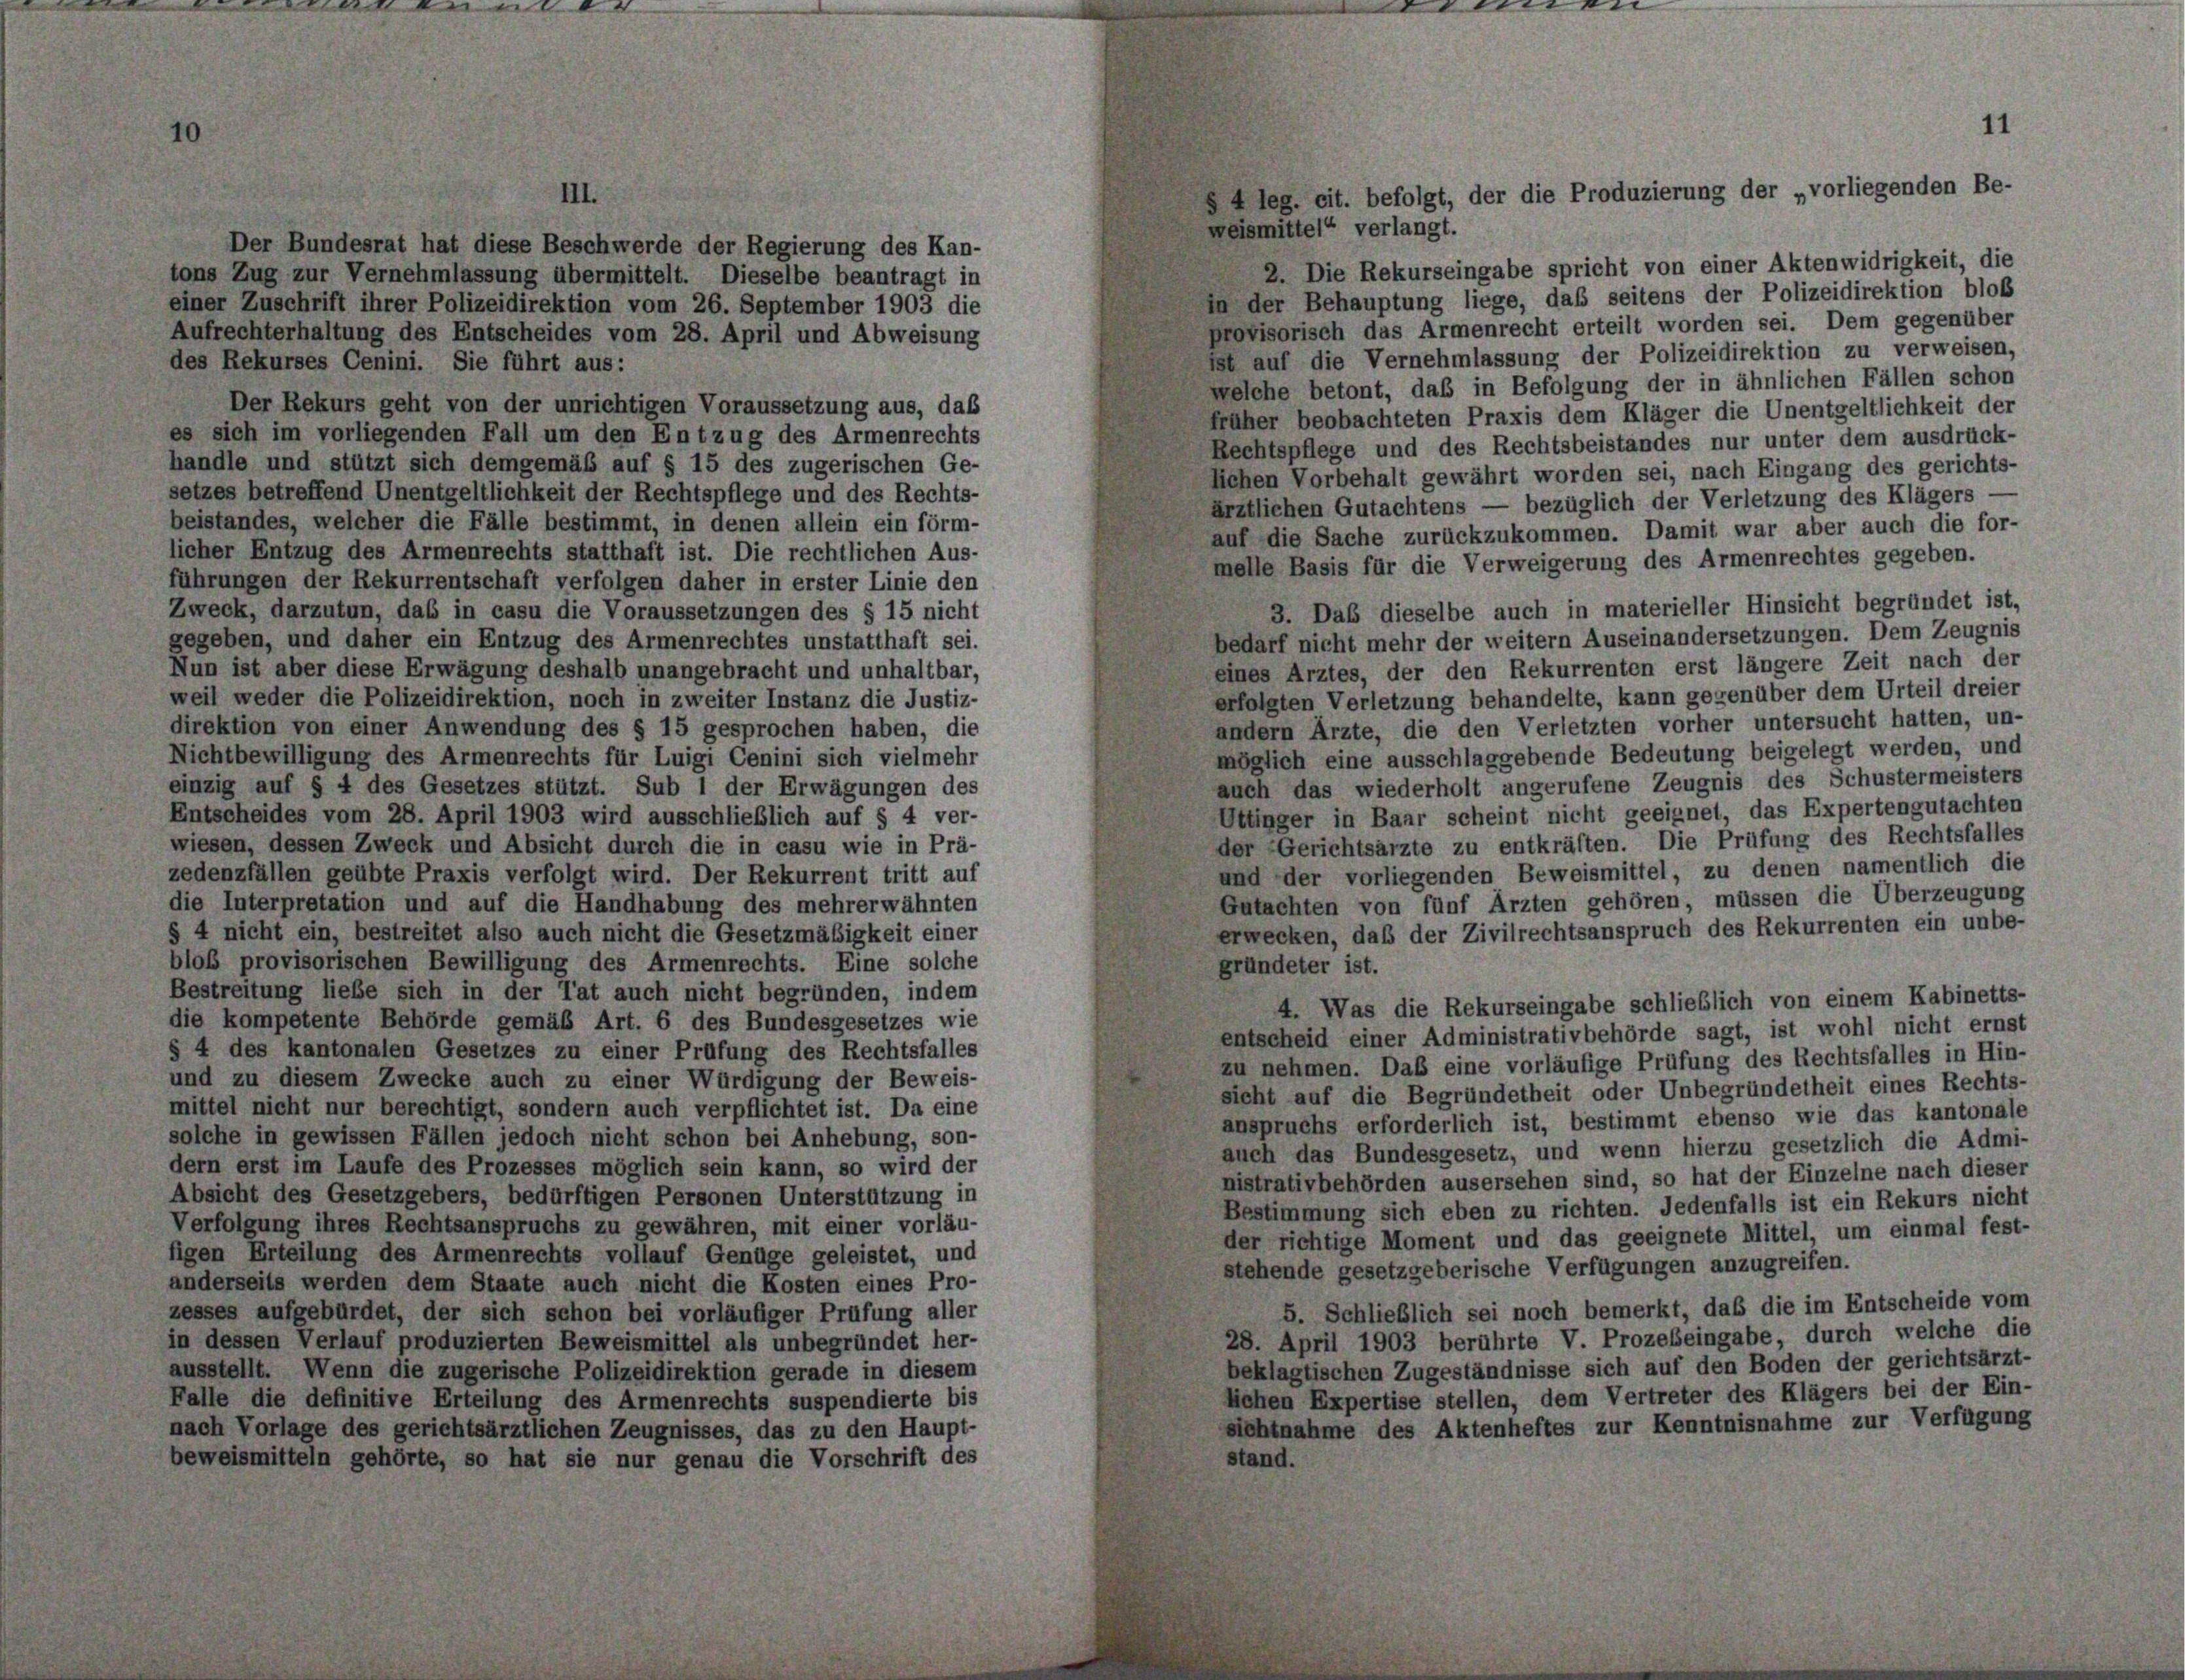
Der Bundesrat hat diese Beschwerde der Regierung des Kan-
tons Zug zur Vernehmlassung übermittelt. Dieselbe beantragt in
einer Zuschrift ihrer Polizeidirektion vom 26. September 1903 die
Aufrechterhaltung des Entscheides vom 28. April und Abweisung
des Rekurses Cenini. Sie führt aus:
Der Rekurs geht von der unrichtigen Voraussetzung aus, das
es sich im vorliegenden Fall um den Entzug des Armenrechts
handle und stützt sich demgemäß auf § 15 des zugerischen Ge-
setzes betreffend Unentgeltlichkeit der Rechtspflege und des Rechts-
beistandes, welcher die Fälle bestimmt, in denen allein ein förm-
licher Entzug des Armenrechts statthaft ist. Die rechtlichen Aus-
führungen der Rekurrentschaft verfolgen daher in erster Linie den
Zweck, darzutun, daß in casu die Voraussetzungen des § 15 nicht
gegeben, und daher ein Entzug des Armenrechtes unstatthaft sei.
Nun ist aber diese Erwägung deshalb unangebracht und unhaltbar,
weil weder die Polizeidirektion, noch in zweiter Instanz die Justiz-
direktion von einer Anwendung des § 15 gesprochen haben, die
Nichtbewilligung des Armenrechts für Luigi Cenini sich vielmehr
einzig auf § 4 des Gesetzes stützt. Sub 1 der Erwägungen des
Entscheides vom 28. April 1903 wird ausschließlich auf § 4 ver-
wiesen, dessen Zweck und Absicht durch die in casu wie in Prä-
zedenzfällen geübte Praxis verfolgt wird. Der Rekurrent tritt auf
die Interpretation und auf die Handhabung des mehrerwähnten
§ 4 nicht ein, bestreitet also auch nicht die Gesetzmäßigkeit einer
bloß provisorischen Bewilligung des Armenrechts. Eine solche
gründeter ist.
Bestreitung liebe sich in der Tat auch nicht begründen, indem
die kompetente Behörde gemäß Art. 6 des Bundesgesetzes wie
§ 4 des kantonalen Gesetzes zu einer Prüfung des Rechtsfalles
und zu diesem Zwecke auch zu einer Würdigung der Beweis-
mittel nicht nur berechtigt, sondern auch verpflichtet ist. Da eine
solche in gewissen Fällen jedoch nicht schon bei Anhebung, son-
dern erst im Laufe des Prozesses möglich sein kann, so wird der
Absicht des Gesetzgebers, bedürftigen Personen Unterstützung in
Verfolgung ihres Rechtsanspruchs zu gewähren, mit einer vorläu-
figen Erteilung des Armenrechts vollauf Genüge geleistet, und
stehende gesetzgeberische Verfügungen anzugreifen.
anderseits werden dem Staate auch nicht die Kosten eines Pro-
5. Schließlich sei noch bemerkt, daß die im Entscheide vom
zesses aufgebürdet, der sich schon bei vorläufiger Prüfung aller
28. April 1903 berührte V. Prozebeingabe, durch welche die
in dessen Verlauf produzierten Beweismittel als unbegründet her-
beklagtischen Zugeständnisse sich auf den Boden der gerichtsärzt-
ausstellt. Wenn die zugerische Polizeidirektion gerade in diesem
lichen Expertise stellen, dem Vertreter des Klägers bei der Ein
Falle die definitive Erteilung des Armenrechts suspendierte bis
sichtnahme des Aktenheftes zur Kenntnisnahme zur Verfügung
nach Vorlage des gerichtsärztlichen Zeugnisses, das zu den Haupt-
beweismitteln gehörte, so hat sie nur genau die Vorschrift des
stand.

11
4leg. cit. befolgt, der die Produzierung der „vorliegenden Be-
weismitt

2. Die Rekurseingabe spricht von einer Aktenwidrigkeit, die
in der Behauptung liege, daß seitens der Polizeidirektion bloß
provisorisch das Armenrecht erteilt worden sei. Dem gegenüber
Ist auf die Vernehmlassung der Polizeidirektion zu verweisen,
welche betont, das in Befolgung der in ähnlichen Fällen schon
früher beobachteten Praxis dem Kläger die Unentgeltlichkeit der
Rechtspflege und des Rechtsbeistandes nur unter dem ausdrück-
lichen Vorbehalt gewährt worden sei, nach Eingang des gerichts-
ärztlichen Gutachtens — bezüglich der Verletzung des Klägers -
auf die Sache zurückzukommen. Damit war aber auch die for-
melle Basis für die Verweigerung des Armenrechtes gegeben.
3. Das dieselbe auch in materieller Hinsicht begründet ist,
bedarf nicht mehr der weitern Auseinandersetzungen. Dem Zeugnis
eines Arztes, der den Rekurrenten erst längere Zeit nach der
erfolgten Verletzung behandelte, kann gegenüber dem Urteil dreier
andern Ärzte, die den Verletzten vorher untersucht hatten, un-
möglich eine ausschlaggebende Bedeutung beigelegt werden, und
auch das wiederholt angerufene Zeugnis des Schustermeisters
Uttinger in Baar scheint nicht geeignet, das Expertengutachten
der Gerichtsärzte zu entkräften. Die Prüfung des Rechtsfalles
und der vorliegenden Beweismittel, zu denen namentlich die
Gutachten von fünf Arzten gehören, müssen die Überzeugung
erwecken, daß der Zivilrechtsanspruch des Rekurrenten ein unbe-
4. Was die Rekurseingabe schließlich von einem Kabinetts-
entscheid einer Administrativbehörde sagt, ist wohl nicht ernst
zu nehmen. Daß eine vorläufige Prüfung des Rechtsfalles in Hin-
sicht auf die Begründetheit oder Unbegründetheit eines Rechts-
anspruchs erforderlich ist, bestimmt ebenso wie das kantonale
auch das Bundesgesetz, und wenn hierzu gesetzlich die Admi-
nistrativbehörden ausersehen sind, so hat der Einzelne nach dieser
Bestimmung sich eben zu richten. Jedenfalls ist ein Rekurs nicht
der richtige Moment und das geeignete Mittel, um einmal fest-